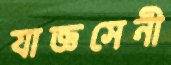
যাজ্ঞসেনী